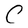
Character: C